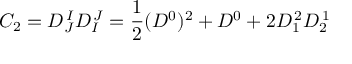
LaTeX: C _ { 2 } = D _ { J } ^ { \, I } D _ { I } ^ { \, J } = { \frac { 1 } { 2 } } ( D ^ { 0 } ) ^ { 2 } + D ^ { 0 } + 2 D _ { 1 } ^ { \, 2 } D _ { 2 } ^ { \, 1 }